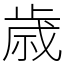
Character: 歳